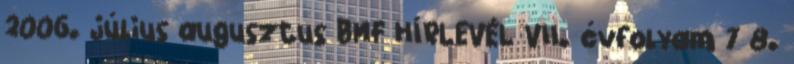
2006. július augusztus BMF HÍRLEVÉL VII. évfolyam 7 8.